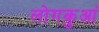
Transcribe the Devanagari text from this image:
लोगकुआं